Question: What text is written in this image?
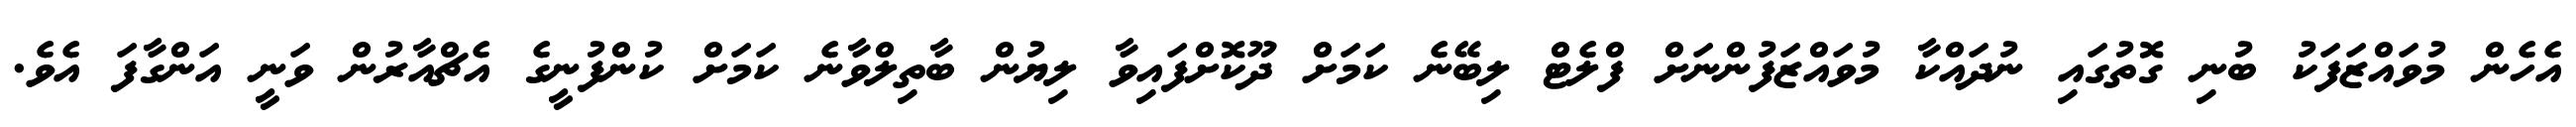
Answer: އެހެން މުވައްޒަފަކު ބުނި ގޮތުގައި ނުދައްކާ މުވައްޒަފުންނަށް ފްލެޓް ލިބޭނެ ކަމަށް ދޫކޮށްފައިވާ ލިޔުން ބާތިލްވާނެ ކަމަށް ކުންފުނީގެ އެޗްއާރުން ވަނީ އަންގާފަ އެވެ.